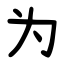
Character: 为